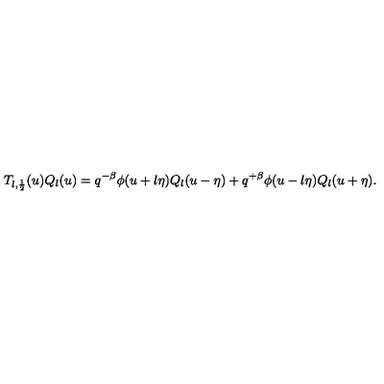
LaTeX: T _ { l , \frac 1 2 } ( u ) Q _ { l } ( u ) = q ^ { - \beta } \phi ( u + l \eta ) Q _ { l } ( u - \eta ) + q ^ { + \beta } \phi ( u - l \eta ) Q _ { l } ( u + \eta ) .